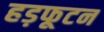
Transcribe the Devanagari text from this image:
हड़फूटन